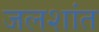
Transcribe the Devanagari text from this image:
जलशांत